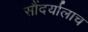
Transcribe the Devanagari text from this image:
सौंदर्यालाच